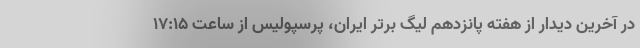
در آخرین دیدار از هفته پانزدهم لیگ برتر ایران، پرسپولیس از ساعت ۱۷:۱۵